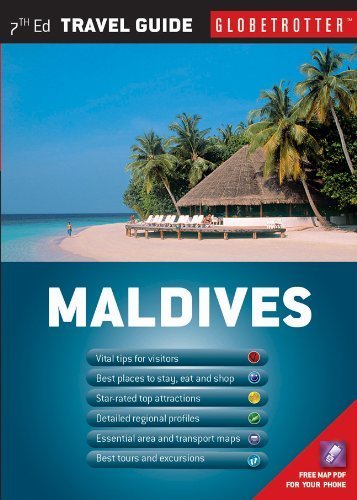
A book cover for by Lamberti, Stefania Maldives Travel Pack, 7th (Globetrotter Travel Packs) (2013) Paperback; Travel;